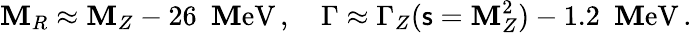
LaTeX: \mathbf{M}_{R}\approx\mathbf{M}_{Z}-26\, \, \, \mathrm{{\mathbf{M}eV}}\, ,\quad\Gamma\approx\Gamma_{Z}({\mathsf{{s}}}=\mathbf{M}_{Z}^{2})-1.2\, \, \, \mathrm{{\mathbf{M}eV}}\, .